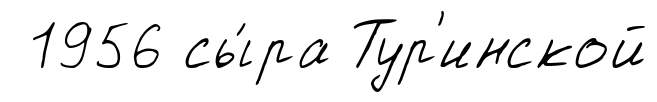
1956 сы́ра Тур'инской